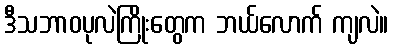
ဒီသဘာဝပုလဲကြိုးတွေက ဘယ်လောက် ကျလဲ။